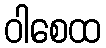
ဝါစေထ